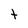
Character: t